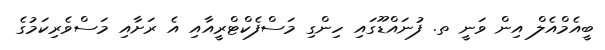
ބީއެމްއެލް އިން ވަނީ ތ. ފުނައްޑޫގައި ހިންގި މަސްފެކްޓްރީއާއި އެ ރަށާއި މަސްވެރިކަމުގެ